Leaving Certificate Examination, 1902
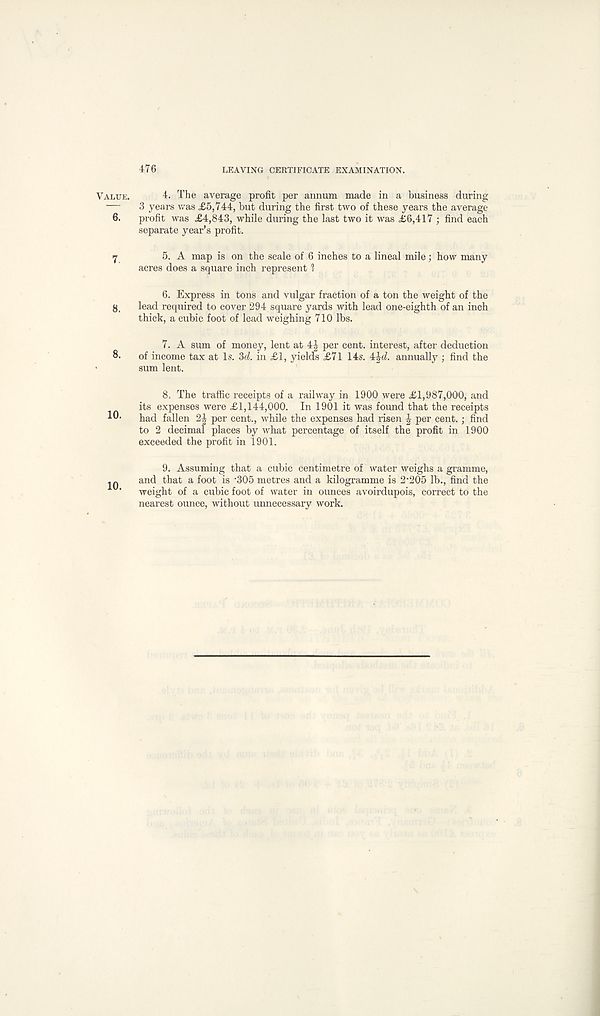
476
LEAVING CERTIFICATE EXAMINATION.
Value.
4. The average profit per annum made in a business during
— 3 years was £5,744, but during the first two of these years the average
6. profit was £4,843, while during the last two it was £6,417 ; find each
separate year’s profit.
7
5. A map is on the scale of 6 inches to a lineal mile; how many
acres does a square inch represent 1
6. Express in tons and vulgar fraction of a ton the weight of the
8, lead required to cover 294 square yards with lead one-eighth of an inch
thick, a cubic foot of lead weighing 710 lbs.
7. A sum of money, lent at 4-| per cent, interest, after deduction
8. of income tax at Is. 3d. in £1, yields £71 14s. 4£d. annually ; find the
sum lent.
8. The traffic receipts of a railway in 1900 were £1,987,000, and
its expenses were £1,144,000. In 1901 it was found that the receipts
I®' had fallen 2| per cent., while the expenses had risen | per cent.; find
to 2 decimal places by what percentage of itself the profit in 1900
exceeded the profit in 1901.
9. Assuming that a cubic centimetre of water weighs a gramme,
and that a foot is '305 metres and a kilogramme is 2 - 205 lb., find the
' weight of a cubic foot of water in ounces avoirdupois, correct to the
nearest ounce, without unnecessary work.